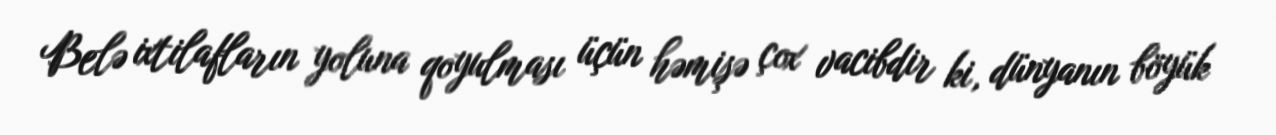
Belə ixtilafların yoluna qoyulması üçün həmişə çox vacibdir ki, dünyanın böyük